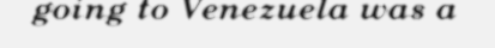
going to Venezuela was a